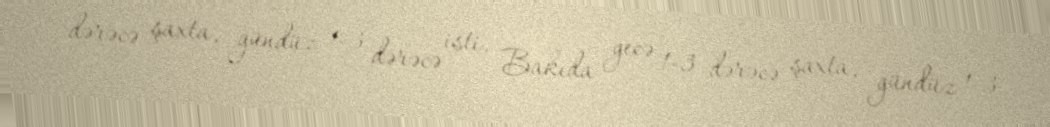
dərəcə şaxta, gündüz 1-3 dərəcə isti, Bakıda gecə 1-3 dərəcə şaxta, gündüz 1-3